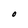
Character: O